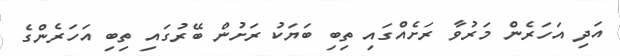
އަދި އަހަރެން މަރުވާ ރަށެއްގައި ތިބި ބަޔަކު ރަށުން ބޭރުގައި ތިބި އަހަރެންގެ